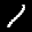
Digit: 7